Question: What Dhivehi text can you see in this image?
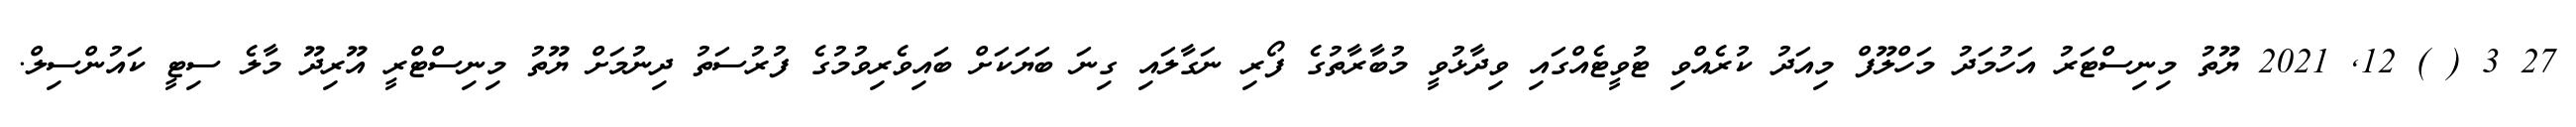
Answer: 27 3 ( ) 12, 2021 ޔޫތު މިނިސްޓަރު އަހުމަދު މަހްލޫފް މިއަދު ކުރެއްވި ޓުވީޓެއްގައި ވިދާޅުވީ މުބާރާތުގެ ފޯރި ނަގާލައި ގިނަ ބަޔަކަށް ބައިވެރިވުމުގެ ފުރުސަތު ދިނުމަށް ޔޫތު މިނިސްޓްރީ އޫރިދޫ މާލެ ސިޓީ ކައުންސިލް.